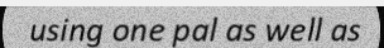
using one pal as well as